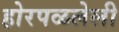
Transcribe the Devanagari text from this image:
होरपळलेली